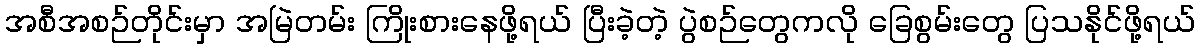
အစီအစဉ်တိုင်းမှာ အမြဲတမ်း ကြိုးစားနေဖို့ရယ် ပြီးခဲ့တဲ့ ပွဲစဉ်တွေကလို ခြေစွမ်းတွေ ပြသနိုင်ဖို့ရယ်